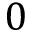
0